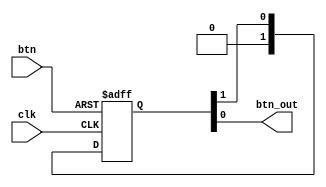
`timescale 1ns / 1ps

module btn_debounce(
    // Outputs
    output btn_out,
    // Inputs
    input clk,
    input btn
    );
    
    reg [1:0] ff;
    
    always @(posedge clk or posedge btn) begin
        if(btn) 
            ff <= 2'b11;
        else
            ff <= {1'b0, ff[1]};
    end
    
    assign btn_out = ff[0];
endmodule